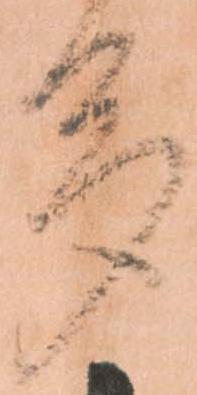
多